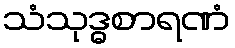
သံသုဒ္ဓစာရဏံ